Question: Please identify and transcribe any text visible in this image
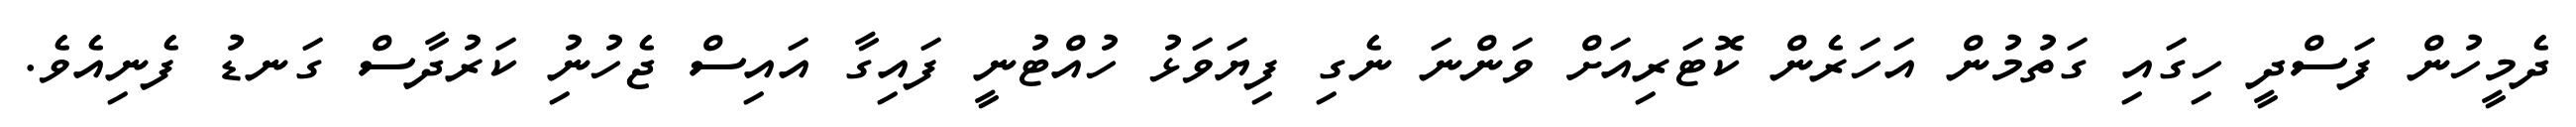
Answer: ދެމީހުން ފަސްދީ ހިގައި ގަތުމުން އަހަރެން ކޮޓަރިއަށް ވަންނަ ނެގި ފިޔަވަޅު ހުއްޓުނީ ފައިގާ އައިސް ޖެހުނުި ކަރުދާސް ގަނޑު ފެނިއެވެ.